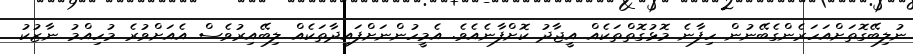
ނުލިބޭގޮތަށްއަހަރެންގެބޭނުން ހިފާނެ މޮޅުގޮތްތަކެއް އީޖާދު ކޮށްފާނެއެވެ. އެމީހުންނަށްފައިދާތަކެއް ލިބޭއިރުވެސް އެއަށްވުރެ މުހިއްމު ނާޒުކު